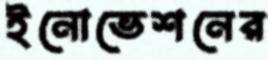
ইনোভেশনের